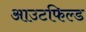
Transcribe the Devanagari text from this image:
आउटफिल्ड